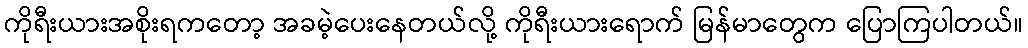
ကိုရီးယားအစိုးရကတော့ အခမဲ့ပေးနေတယ်လို့ ကိုရီးယားရောက် မြန်မာတွေက ပြောကြပါတယ်။